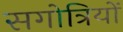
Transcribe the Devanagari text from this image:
सगोत्रियों